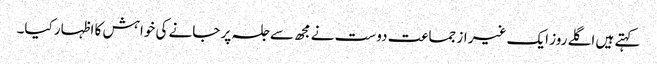
کہتے ہیں اگلے روز ایک غیر از جماعت دوست نے مجھ سے جلسہ پر جانے کی خواہش کا اظہار کیا۔